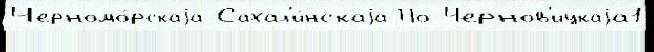
Черномо́рскаjа Сахал'и́нскаjа По Чернов'ицкаjа1